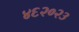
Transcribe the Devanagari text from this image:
४६२०२३